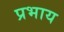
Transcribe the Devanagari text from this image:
प्रभाय